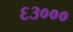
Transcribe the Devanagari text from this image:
६३०००